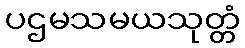
ပဌမသမယသုတ္တံ